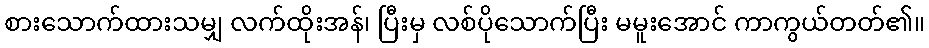
စားသောက်ထားသမျှ လက်ထိုးအန်၊ ပြီးမှ လစ်ပိုသောက်ပြီး မမူးအောင် ကာကွယ်တတ်၏။